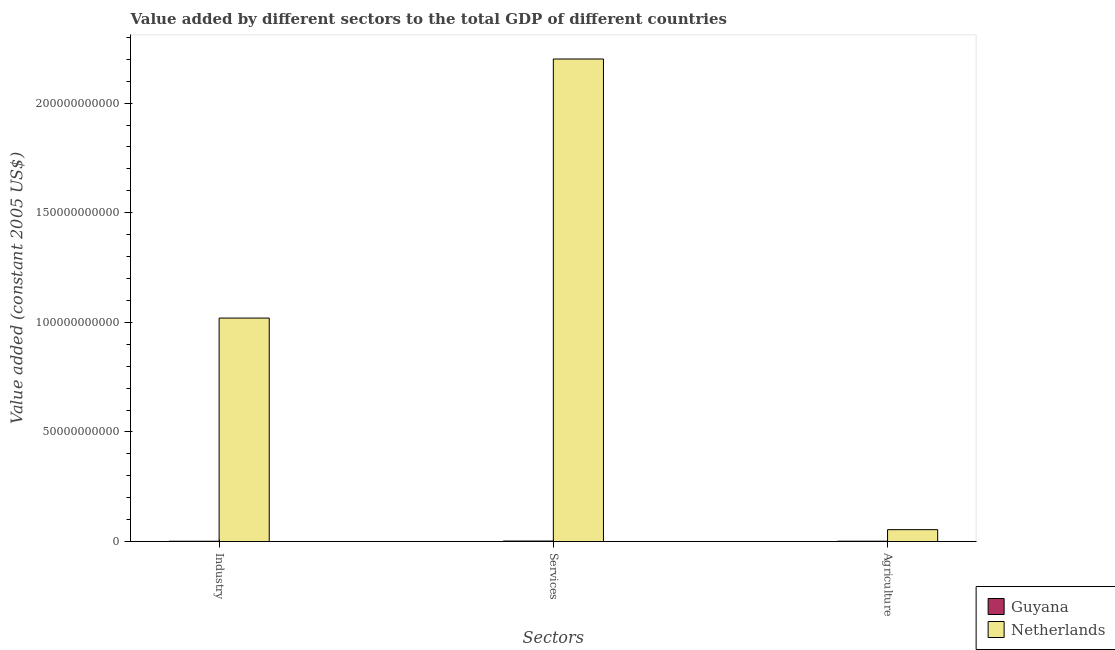
| Sectors | Guyana | Netherlands |
 | --- | --- | --- |
 | Industry | 1.43e+08 | 1.02e+11 |
 | Services | 2.38e+08 | 2.2e+11 |
 | Agriculture | 1.65e+08 | 5.43e+09 |